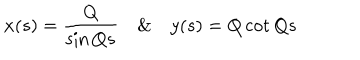
LaTeX: x ( s ) = \frac { Q } { \sin Q s } \& y ( s ) = Q \cot Q s